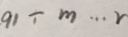
9 1 \div m \cdots r